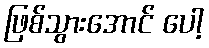
ဖြစ်သွားအောင် ပေါ့